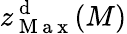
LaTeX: z_{\mathrm{~M~a~x~}}^{\mathrm{~d~}}(M)